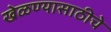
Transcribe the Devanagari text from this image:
खेळण्यासाठीचे